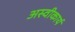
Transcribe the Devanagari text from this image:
अस्‍वीकार्य